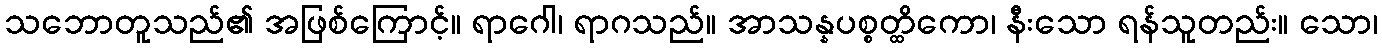
သဘောတူသည်၏ အဖြစ်ကြောင့်။ ရာဂေါ၊ ရာဂသည်။ အာသန္နပစ္စတ္ထိကော၊ နီးသော ရန်သူတည်း။ သော၊